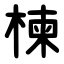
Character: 楝